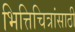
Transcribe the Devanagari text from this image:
भित्तिचित्रांसाठी